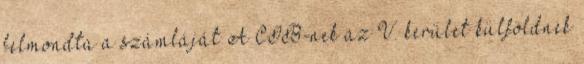
felmondta a számláját A CIB-nek az V. kerület külföldnek